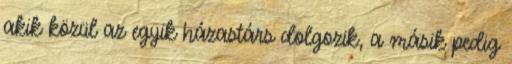
akik közül az egyik házastárs dolgozik, a másik pedig